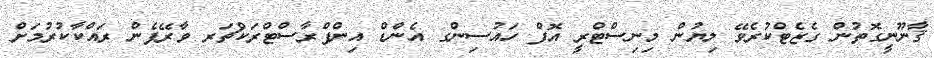
ޤާނޫނީގޮތުން ގެޒެޓްކުރެވޭ ލިޔުން މިނިސްޓްރީ އޮފް ހައުސިންގ އެންޑް އިންފްރާސްޓްރަކްޗަރ ވާރޭފެން ރައްކާކުރުމަށް